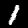
Label: 1